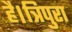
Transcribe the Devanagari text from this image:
है।त्रिपुरा